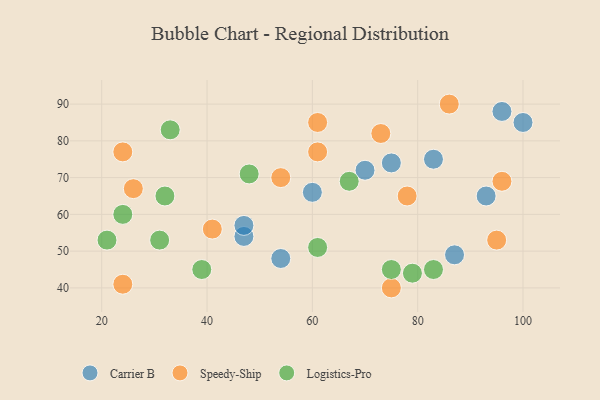
{"axis": {"x": "GDP", "y": "Life Expectancy"}, "legend": ["Carrier B", "Logistics-Pro", "Speedy-Ship"], "data": [{"x": "93", "y": 65, "type": "Carrier B"}, {"x": "60", "y": 66, "type": "Carrier B"}, {"x": "100", "y": 85, "type": "Carrier B"}, {"x": "87", "y": 49, "type": "Carrier B"}, {"x": "47", "y": 54, "type": "Carrier B"}, {"x": "47", "y": 57, "type": "Carrier B"}, {"x": "70", "y": 72, "type": "Carrier B"}, {"x": "75", "y": 74, "type": "Carrier B"}, {"x": "54", "y": 48, "type": "Carrier B"}, {"x": "96", "y": 88, "type": "Carrier B"}, {"x": "83", "y": 75, "type": "Carrier B"}, {"x": "75", "y": 40, "type": "Speedy-Ship"}, {"x": "95", "y": 53, "type": "Speedy-Ship"}, {"x": "54", "y": 70, "type": "Speedy-Ship"}, {"x": "61", "y": 85, "type": "Speedy-Ship"}, {"x": "41", "y": 56, "type": "Speedy-Ship"}, {"x": "61", "y": 77, "type": "Speedy-Ship"}, {"x": "86", "y": 90, "type": "Speedy-Ship"}, {"x": "78", "y": 65, "type": "Speedy-Ship"}, {"x": "24", "y": 77, "type": "Speedy-Ship"}, {"x": "24", "y": 41, "type": "Speedy-Ship"}, {"x": "73", "y": 82, "type": "Speedy-Ship"}, {"x": "26", "y": 67, "type": "Speedy-Ship"}, {"x": "96", "y": 69, "type": "Speedy-Ship"}, {"x": "31", "y": 53, "type": "Logistics-Pro"}, {"x": "24", "y": 60, "type": "Logistics-Pro"}, {"x": "83", "y": 45, "type": "Logistics-Pro"}, {"x": "67", "y": 69, "type": "Logistics-Pro"}, {"x": "21", "y": 53, "type": "Logistics-Pro"}, {"x": "48", "y": 71, "type": "Logistics-Pro"}, {"x": "79", "y": 44, "type": "Logistics-Pro"}, {"x": "33", "y": 83, "type": "Logistics-Pro"}, {"x": "75", "y": 45, "type": "Logistics-Pro"}, {"x": "61", "y": 51, "type": "Logistics-Pro"}, {"x": "39", "y": 45, "type": "Logistics-Pro"}, {"x": "32", "y": 65, "type": "Logistics-Pro"}]}